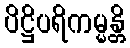
ပိဋ္ဌိပရိကမ္မန္တိ